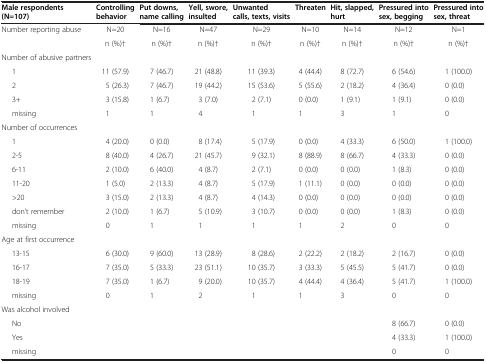
<table><thead><tr><td><b>Male respondents (N=107)</b></td><td><b>Controlling behavior</b></td><td><b>Put downs, name calling</b></td><td><b>Yell, swore, insulted</b></td><td><b>Unwanted calls, texts, visits</b></td><td><b>Threaten</b></td><td><b>Hit, slapped, hurt</b></td><td><b>Pressured into sex, begging</b></td><td><b>Pressured into sex, threat</b></td></tr></thead><tbody><tr><td>Number reporting abuse</td><td>N=20</td><td>N=16</td><td>N=47</td><td>N=29</td><td>N=10</td><td>N=14</td><td>N=12</td><td>N=1</td></tr><tr><td> </td><td>n (%)†</td><td>n (%)†</td><td>n (%)†</td><td>n (%)†</td><td>n (%)†</td><td>n (%)†</td><td>n (%)†</td><td>n (%)†</td></tr><tr><td>Number of abusive partners</td><td> </td><td> </td><td> </td><td> </td><td> </td><td> </td><td> </td><td> </td></tr><tr><td>1</td><td>11 (57.9)</td><td>7 (46.7)</td><td>21 (48.8)</td><td>11 (39.3)</td><td>4 (44.4)</td><td>8 (72.7)</td><td>6 (54.6)</td><td>1 (100.0)</td></tr><tr><td>2</td><td>5 (26.3)</td><td>7 (46.7)</td><td>19 (44.2)</td><td>15 (53.6)</td><td>5 (55.6)</td><td>2 (18.2)</td><td>4 (36.4)</td><td>0 (0.0)</td></tr><tr><td>3+</td><td>3 (15.8)</td><td>1 (6.7)</td><td>3 (7.0)</td><td>2 (7.1)</td><td>0 (0.0)</td><td>1 (9.1)</td><td>1 (9.1)</td><td>0 (0.0)</td></tr><tr><td>missing</td><td>1</td><td>1</td><td>4</td><td>1</td><td>1</td><td>3</td><td>1</td><td>0</td></tr><tr><td>Number of occurrences</td><td> </td><td> </td><td> </td><td> </td><td> </td><td> </td><td> </td><td> </td></tr><tr><td>1</td><td>4 (20.0)</td><td>0 (0.0)</td><td>8 (17.4)</td><td>5 (17.9)</td><td>0 (0.0)</td><td>4 (33.3)</td><td>6 (50.0)</td><td>1 (100.0)</td></tr><tr><td>2-5</td><td>8 (40.0)</td><td>4 (26.7)</td><td>21 (45.7)</td><td>9 (32.1)</td><td>8 (88.9)</td><td>8 (66.7)</td><td>4 (33.3)</td><td>0 (0.0)</td></tr><tr><td>6-11</td><td>2 (10.0)</td><td>6 (40.0)</td><td>4 (8.7)</td><td>2 (7.1)</td><td>0 (0.0)</td><td>0 (0.0)</td><td>1 (8.3)</td><td>0 (0.0)</td></tr><tr><td>11-20</td><td>1 (5.0)</td><td>2 (13.3)</td><td>4 (8.7)</td><td>5 (17.9)</td><td>1 (11.1)</td><td>0 (0.0)</td><td>0 (0.0)</td><td>0 (0.0)</td></tr><tr><td>&gt;20</td><td>3 (15.0)</td><td>2 (13.3)</td><td>4 (8.7)</td><td>4 (14.3)</td><td>0 (0.0)</td><td>0 (0.0)</td><td>0 (0.0)</td><td>0 (0.0)</td></tr><tr><td>don’t remember</td><td>2 (10.0)</td><td>1 (6.7)</td><td>5 (10.9)</td><td>3 (10.7)</td><td>0 (0.0)</td><td>0 (0.0)</td><td>1 (8.3)</td><td>0 (0.0)</td></tr><tr><td>missing</td><td>0</td><td>1</td><td>1</td><td>1</td><td>1</td><td>2</td><td>0</td><td>0</td></tr><tr><td>Age at first occurrence</td><td> </td><td> </td><td> </td><td> </td><td> </td><td> </td><td> </td><td> </td></tr><tr><td>13-15</td><td>6 (30.0)</td><td>9 (60.0)</td><td>13 (28.9)</td><td>8 (28.6)</td><td>2 (22.2)</td><td>2 (18.2)</td><td>2 (16.7)</td><td>0 (0.0)</td></tr><tr><td>16-17</td><td>7 (35.0)</td><td>5 (33.3)</td><td>23 (51.1)</td><td>10 (35.7)</td><td>3 (33.3)</td><td>5 (45.5)</td><td>5 (41.7)</td><td>0 (0.0)</td></tr><tr><td>18-19</td><td>7 (35.0)</td><td>1 (6.7)</td><td>9 (20.0)</td><td>10 (35.7)</td><td>4 (44.4)</td><td>4 (36.4)</td><td>5 (41.7)</td><td>1 (100.0)</td></tr><tr><td>missing</td><td>0</td><td>1</td><td>2</td><td>1</td><td>1</td><td>3</td><td>0</td><td>0</td></tr><tr><td>Was alcohol involved</td><td> </td><td> </td><td> </td><td> </td><td> </td><td> </td><td> </td><td> </td></tr><tr><td>No</td><td> </td><td> </td><td> </td><td> </td><td> </td><td> </td><td>8 (66.7)</td><td>0 (0.0)</td></tr><tr><td>Yes</td><td> </td><td> </td><td> </td><td> </td><td> </td><td> </td><td>4 (33.3)</td><td>1 (100.0)</td></tr><tr><td>missing</td><td> </td><td> </td><td> </td><td> </td><td> </td><td> </td><td>0</td><td>0</td></tr></tbody></table>